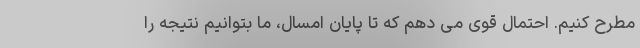
مطرح کنیم. احتمال قوی می دهم که تا پایان امسال، ما بتوانیم نتیجه را